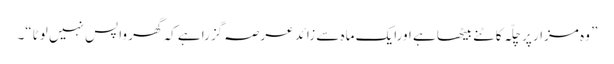
” وہ مزار پر چلّہ کاٹنے بیٹھا ہے اورایک ماہ سے زائد عرصہ گزرا ہے کہ گھر واپس نہیں لوٹا“۔